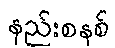
နည်းစနစ်